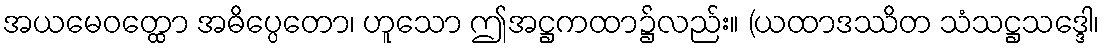
အယမေဝတ္ထော အဓိပ္ပေတော၊ ဟူသော ဤအဋ္ဌကထာ၌လည်း။ (ယထာဒဿိတ သံသဋ္ဌသဒ္ဒေါ၊